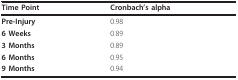
<table><thead><tr><td><b>Time Point</b></td><td><b>Cronbach&#x27;s alpha</b></td></tr></thead><tbody><tr><td><b>Pre-Injury</b></td><td>0.98</td></tr><tr><td><b>6 Weeks</b></td><td>0.89</td></tr><tr><td><b>3 Months</b></td><td>0.89</td></tr><tr><td><b>6 Months</b></td><td>0.95</td></tr><tr><td><b>9 Months</b></td><td>0.94</td></tr></tbody></table>